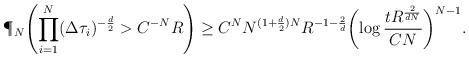
LaTeX: \begin{align*}\P_N\Biggl(\prod_{i=1}^{N} (\Delta \tau_i)^{-\frac d2}>C^{-N} R \Biggr) \geq C^NN^{(1+\frac d2)N}R^{-1-\frac 2d} \biggl(\log \frac {tR^{\frac2{dN}}}{CN}\biggr)^{N-1}.\end{align*}